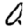
Digit: 0